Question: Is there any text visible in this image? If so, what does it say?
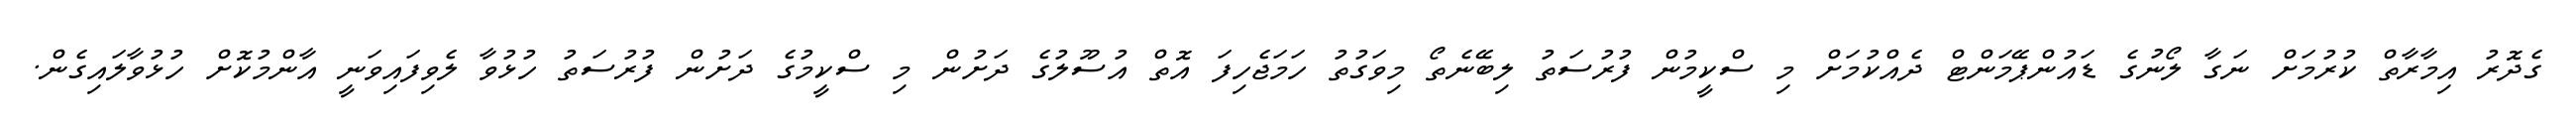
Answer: ގެދޮރު އިމާރާތް ކުރުމަށް ނަގާ ލޯނުގެ ޑައުންޕޭމަންޓް ދެއްކުމަށް މި ސްކީމުން ފުރުސަތު ލިބޭނެތޯ މިވަގުތު ހަމަޖެހިފަ އޮތް އުސޫލުގެ ދަށުން މި ސްކީމުގެ ދަށުން ފުރުސަތު ހުޅުވާ ލެވިފައިވަނީ އާންމުކޮށް ހުޅުވާލައިގެން.